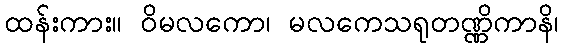
ထန်းကား။ ဝိမလကော၊ မလကေသရုတဏ္ဏိကာနိ၊